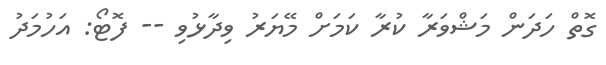
ގޮތް ހަދަން މަޝްވަރާ ކުރާ ކަމަށް މޭޔަރު ވިދާޅުވި -- ފޮޓޯ: އަހުމަދު